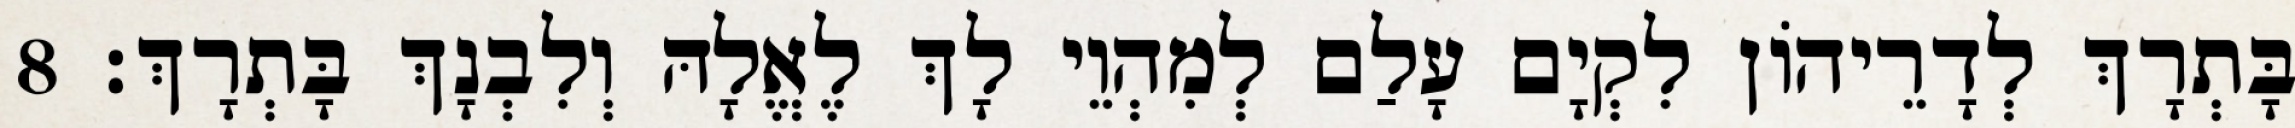
בָּתְרָךְ לְדָרֵיהוֹן לִקְיָם עָלַם לְמִהְוֵי לָךְ לֶאֱלָהּ וְלִבְנָךְ בָּתְרָךְ׃ 8